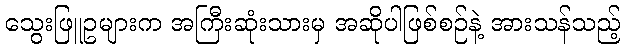
သွေးဖြူဥများက အကြီးဆုံးသားမှ အဆိုပါဖြစ်စဉ်နဲ့ အားသန်သည့်